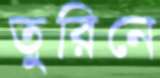
তুরিনে